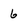
Character: 6